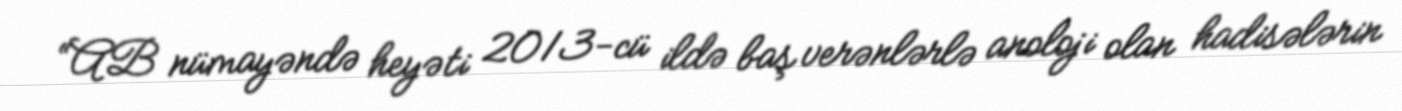
“AB nümayəndə heyəti 2013-cü ildə baş verənlərlə anoloji olan hadisələrin